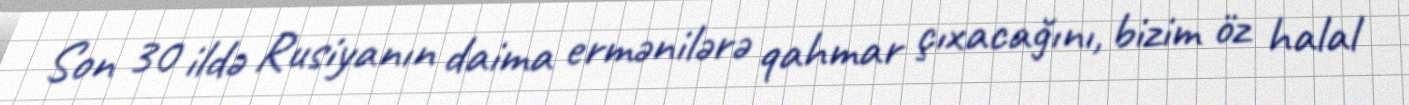
Son 30 ildə Rusiyanın daima ermənilərə qahmar çıxacağını, bizim öz halal